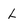
Character: L